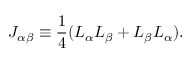
J _ { \alpha \beta } \equiv \frac { 1 } { 4 } ( L _ { \alpha } L _ { \beta } + L _ { \beta } L _ { \alpha } ) .